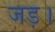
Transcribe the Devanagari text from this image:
जड़।